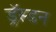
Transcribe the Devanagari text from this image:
ड्रॅस्डन